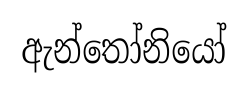
ඇන්තෝනියෝ